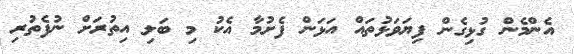
އެންމެން ގުޅިގެން ފިޔަވަޅުތައް އަޅަން ފެށުމާ އެކު މި ބަލި އިތުރަށް ނުފެތުރި